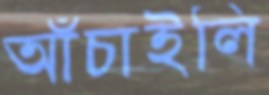
আঁচাইলি